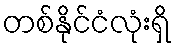
တစ်နိုင်ငံလုံးရှိ